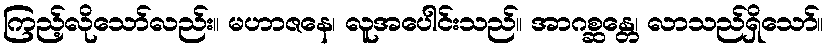
ကြည့်လိုသော်လည်း။ မဟာဇနေ၊ လူအပေါင်းသည်။ အာဂစ္ဆန္တေ၊ လာသည်ရှိသော်။